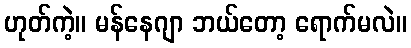
ဟုတ်ကဲ့။ မန်နေဂျာ ဘယ်တော့ ရောက်မလဲ။